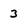
Character: 3